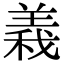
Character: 𮊫